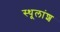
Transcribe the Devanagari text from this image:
स्थूलांश